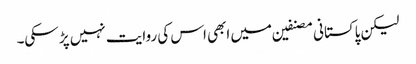
لیکن پاکستانی مصنفین میں ابھی اس کی روایت نہیں پڑ سکی۔